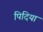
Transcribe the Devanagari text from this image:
पिदिया